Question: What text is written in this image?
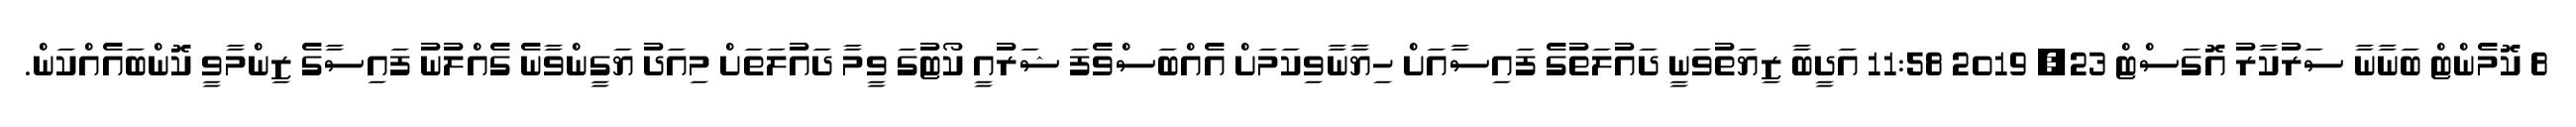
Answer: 8 ކޮމެންޓް ބަނާނާ ސަރުކާރު އޮގަސްޓް 23, 2019 11:58 އަދީބާ ޒިޔަތުވަނީ ދައުލަތުގެ ފައިސާއަށް ހިޔާނާވިކަމަށް އެއްބަސްވެފަ ޝަރުއީ ކޯޓުގަ ވީމާ ދައުލަތަށް މިއަދު ޔަގީންވާނެ ގެއްލުނު ފައިސާގެ ޒިންމާވީ ކޮންބައެއްކަން.